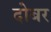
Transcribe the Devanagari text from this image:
दोबर